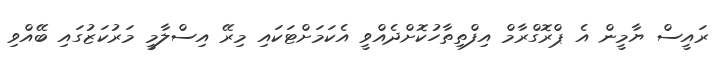
ރައީސް ޔާމީން އެ ޕްރޮގްރާމް އިފްތިތާހުކޮށްދެއްވީ އެކަމަށްޓަކައި މިރޭ އިސްލާމީ މަރުކަޒުގައި ބޭއްވި